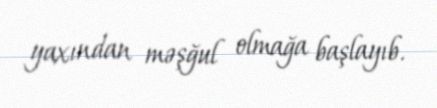
yaxından məşğul olmağa başlayıb.